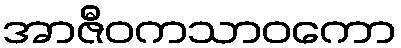
အာဇီဝကသာဝကော